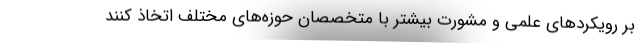
بر رویکردهای علمی و مشورت بیشتر با متخصصان حوزه‌های مختلف اتخاذ کنند